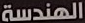
الهندسة